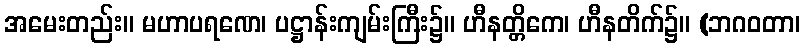
အမေးတည်း။ မဟာပရဏေ၊ ပဋ္ဌာန်းကျမ်းကြီး၌။ ဟီနတ္တိကေ၊ ဟီနတိက်၌။ (ဘဂဝတာ၊